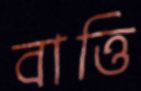
বাত্তি